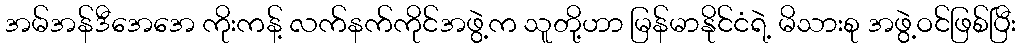
အမ်အန်ဒီအေအေ ကိုးကန့် လက်နက်ကိုင်အဖွဲ့က သူတို့ဟာ မြန်မာနိုင်ငံရဲ့ မိသားစု အဖွဲ့ဝင်ဖြစ်ပြီး